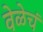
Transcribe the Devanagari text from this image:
वेळेचं